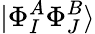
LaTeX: |\Phi_{I}^{A}\Phi_{J}^{B}\rangle